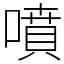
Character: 噴